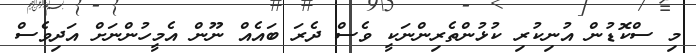
މި ސްކޮޑުން އުނިކުރި ކުޅުންތެރިންނަކީ ވެސް ދެރަ ބައެއް ނޫން އެމީހުންނަށް އަދިވެސް